Lunatic asylums Punjab 1911-1921 - 1911-1921
Year: 1911
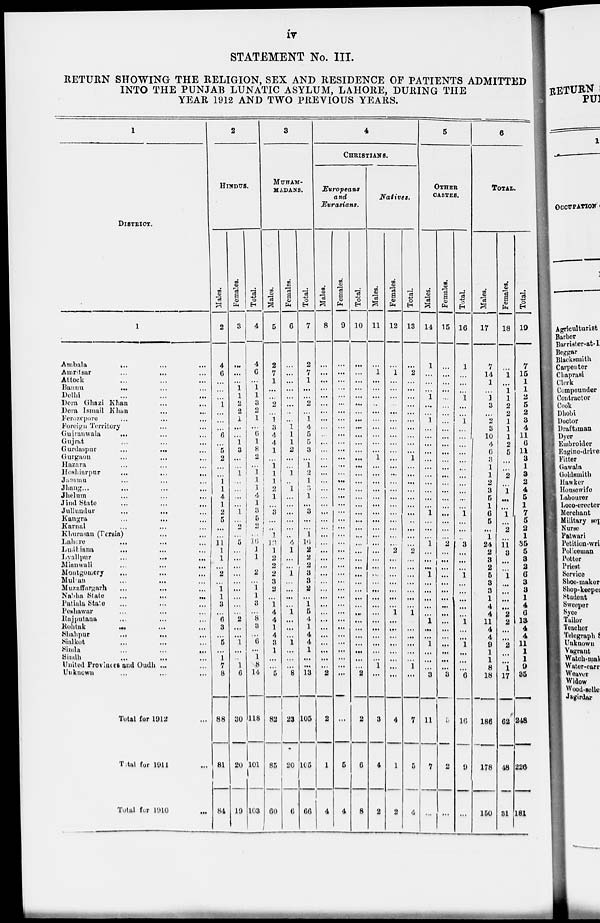
iv
STATEMENT No. III.
RETURN SHOWING THE RELIGION, SEX AND RESIDENCE OF PATIENTS ADMITTED
INTO THE PUNJAB LUNATIC ASYLUM, LAHORE, DURING THE
YEAR 1912 AND TWO PREVIOUS YEARS.
1
DlSTRICT.
1
Ambala ... ... ...
Amritsar
...
...
...
Attock
...
...
...
Bannu
...
... ...
Delhi ... ... ...
Dera Ghazi Khan
...
...
...
Dera Ismail Khan ... ...
Ferozepore ... ... ...
Foreign Territory ... ...
Gujranvala
... ... ...
Gujrat ... ... ...
Gurdaspur ... ... ...
Gurgaon ... ... ...
Hazara ... ... ...
Hoshiarpur
...
...
...
Jammu ... ... ...
Jhang ... ... ...
Jhelum
...
...
...
Jind
State
...
...
...
Jullundur ... ... ...
Kangra ... ... ...
Karnal ... ... ...
Khurasan (Persia) ... ...
Lahore ... ... ...
Ludhiana ... ... ...
Lyallpur
...
...
...
Mianwali
...
...
...
Montgomery ... ... ...
Mulan ... ... ...
Muzaffargarh ... ... ...
Nabha
State
...
...
...
Patiala State ... ... ...
Peshawar ... ... ...
Rajputana ... ... ...
Rohtak ... ... ...
Shahpur
...
...
...
Sialkot ... ... ...
Simla
...
...
...
Sindh ... ... ...
United Provinces and Oudh ... ...
Unknown ... ... ...
Total for 1912 ...
Total for 1911 ...
Total for 1910 ...
2
HINDUS.
Males.
2
4
6
...
...
...
1
...
...
...
6
...
5
2
...
...
1
1
4
1
2
5
...
...
11
1
1
...
2
...
1
1
3
...
6
3
...
5
...
1
7
8
88
81
84
Females.
3
...
...
...
1
1
2
2
1
...
...
1
3
...
...
1
...
...
...
...
1
...
...
...
5
...
...
...
...
...
...
...
...
...
2
...
...
1
...
...
1
6
30
20
19
Total.
4
4
6
...
1
1
3
2
1
...
6
1
8
2
...
1
1
1
4
1
3
5
...
...
16
1
1
...
2
...
1
1
3
...
8
3
...
6
...
1
8
14
118
101
103
3
MUHAM-
MADANS.
Males.
5
2
7
1
...
...
2
...
1
3
4
4
1
...
1
1
1
2
1
...
3
...
...
1
12
1
2
2
2
3
2
...
1
4
4
1
4
3
1
...
...
5
82
85
60
Females.
6
...
...
...
...
...
...
...
...
1
1
1
2
...
...
1
...
1
...
...
...
...
...
...
4
1
...
...
1
...
...
...
1
...
...
...
1
...
...
...
8
23
20
6
Total.
7
2
7
1
...
...
2
...
1
4
5
5
3
...
1
2
1
...
1
...
3
...
...
1
16
2
2
2
3
3
2
...
1
5
4
1
4
4
1
...
...
13
105
165
66
4
CHRISTIANS.
Europeans
and
Eurasians.
Males.
8
...
...
...
...
...
...
...
...
...
...
...
...
...
...
...
...
...
...
...
...
...
...
...
...
...
...
...
...
...
...
...
...
...
...
...
...
...
...
...
...
2
2
1
4
Females.
9
...
...
...
...
...
...
...
...
...
...
...
...
...
...
...
...
...
...
...
...
...
...
...
...
...
...
...
...
...
...
...
...
...
...
...
...
...
...
...
...
...
...
5
4
Total.
10
...
...
...
...
...
...
...
...
...
...
...
...
...
...
...
...
...
...
...
...
...
...
...
...
...
...
...
...
...
...
...
...
...
...
...
...
...
...
...
...
2
2
6
8
Natives.
Males.
11
...
...
...
...
...
...
...
...
...
...
...
...
1
...
...
...
...
...
...
...
...
...
...
...
...
...
...
...
...
...
...
...
...
...
...
...
...
...
...
1
...
3
4
2
Females.
12
...
...
...
...
...
...
...
...
...
...
...
...
...
...
...
...
...
...
...
...
...
...
...
...
2
...
...
...
...
...
...
...
1
...
...
...
...
...
...
...
...
4
1
2
Total.
13
...
2
...
...
...
...
...
...
...
...
...
...
1
...
...
...
...
...
...
...
...
...
...
...
2
...
...
...
...
...
...
...
1
...
...
...
...
...
...
1
...
7
5
4
5
OTHER
CASTES.
Males.
14
1
...
...
...
1
...
...
1
...
...
...
...
...
...
...
...
...
...
...
1
...
...
...
1
...
...
...
1
...
...
...
...
...
1
...
...
1
...
...
...
3
11
7
...
Females.
15
...
...
...
...
...
...
...
...
...
...
...
...
...
...
...
...
...
...
...
...
...
...
...
2
...
...
...
...
...
...
...
...
...
...
...
...
...
...
...
...
3
5
2
...
Total.
16
1
...
...
...
1
...
...
1
...
...
...
...
...
...
...
...
...
...
...
1
...
...
...
3
...
...
...
1
...
...
...
...
...
1
...
...
1
...
...
...
6
16
9
...
6
TOTAL.
Males.
17
7
14
1
...
1
3
...
2
3
10
4
6
3
1
1
2
3
5
1
6
5
...
1
24
2
3
2
5
3
3
1
4
4
11
4
4
9
1
1
8
18
186
178
150
Females.
18
...
1
...
1
1
2
2
1
1
1
2
5
...
...
2
...
1
...
...
1
...
2
...
11
3
...
...
1
...
...
...
...
2
2
...
...
2
...
...
1
17
62
48
31
Total.
19
7
15
1
1
2
5
2
3
4
11
6
11
3
1
3
2
4
5
1
7
5
2
1
35
5
3
2
6
3
3
1
4
6
13
4
4
11
1
1
9
35
248
226
181